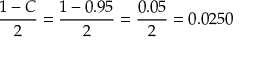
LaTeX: { \frac { 1 - C } { 2 } } = { \frac { 1 - 0 . 9 5 } { 2 } } = { \frac { 0 . 0 5 } { 2 } } = 0 . 0 2 5 0